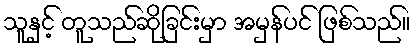
သူနှင့် တူသည်ဆိုခြင်းမှာ အမှန်ပင် ဖြစ်သည်။